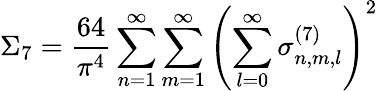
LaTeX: \Sigma_{7}=\frac{64}{\pi^{4}}\sum_{n=1}^{\infty}\sum_{m=1}^{\infty}\left(\sum_{l=0}^{\infty}\sigma_{n,m,l}^{(7)}\right)^{2}